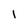
Character: I